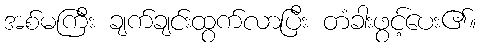
အစ်မကြီး ချက်ချင်းထွက်လာပြီး တံခါးဖွင့်ပေး၏။